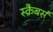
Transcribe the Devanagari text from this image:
स्क्रैबर्स